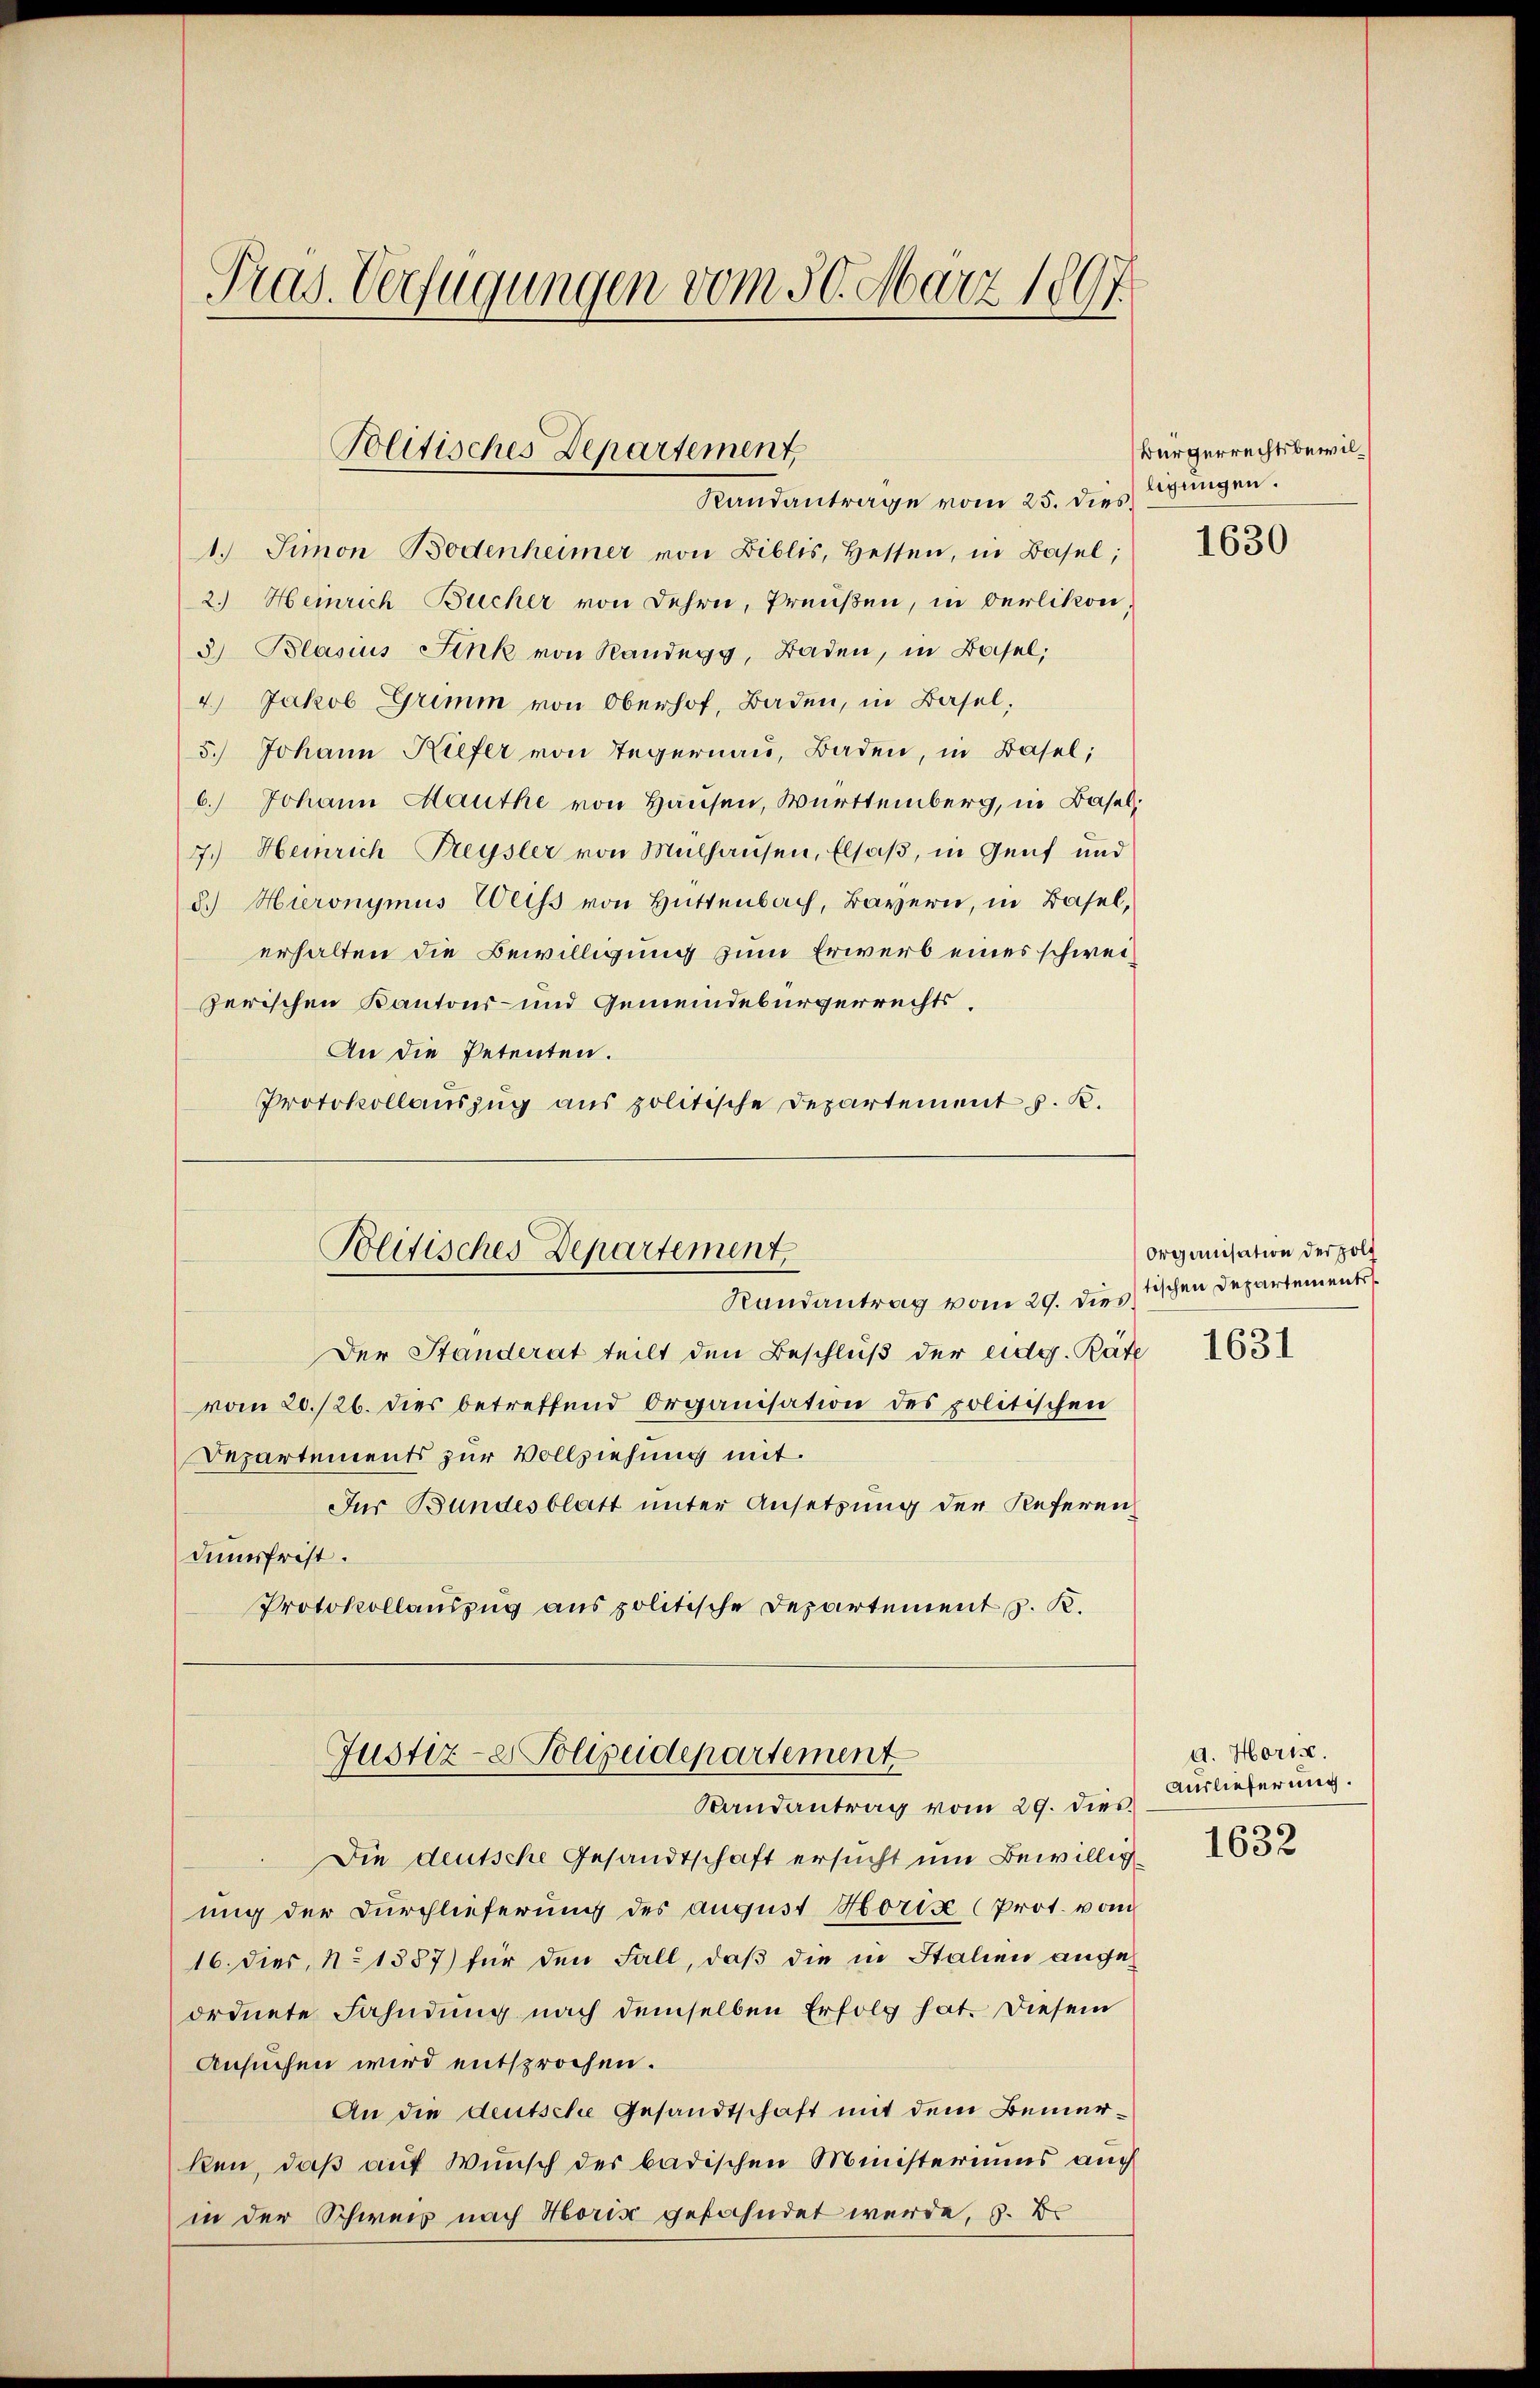
Pras. Verfügungen vom 30. März 1897

Politisches Departement
Randantrage vom 25. dies

1. Simon Bodenheimer von Biblis, Hessen, in Basel;
2.) Heinrich Bücher von Lehre, Preußen, in Oerlikon,
3) Blasius Fink von Randegg, Baden, in Basel;
4.) Jakob Grimm von Oberhof, Baden, in Basel,
5.) Johann Kiefer von Tegernau, Baden, in Basel;
6.) Johann Mauthe von Hausen, Württemberg, in Basel;
7.) Heinrich Freysler von Mülhausen, Elsaß, in Genf und
d.) Hieronymus Weiss von Hüttenbach, Bayern, in Basel,
erhalten die Bewilligung zum Erwerb eines schweizerischen Kantons- und Gemeindebürgerrechts¬
An die Petenten.
Protokollauszug aus politische Departement z. B.
Politisches Departement,
Randantrag vom 29. distischen Departements
Der Standerat teilt den Beschluß der eidg. Räte
vom 20./26. dies betreffend Organisation des politischen
Departements zur Vollziehung mit.
Jur Bundesblatt unter Ansetzung der Referen
dumsfrist.
Protokollauszug aus politische Departement J. K.

Justiz- & Polizeidepartement
Randantrag vom 29. dies

Bürgerrechtsbewilligungen.

Die deutsche Gesandtschaft ersucht um Bewillig
ung der Durchlieferung des August Horize (Prot. vom
16. dies, No 1387) für den Fall, daß die in Stalien angeordnete Fahndung nach demselben Erfolg hat. Diesem
Ansuchen wird entsprochen.
An die deutsche Gesandtschaft mit dem Bemerken, daß auf Wunsch der badischen Ministeriums auch
in der Schweiz nach Horis gefahndet werde, z. B.

1630

Organisation der polt

1631

a. Horiz.
Auslieferung.

1632